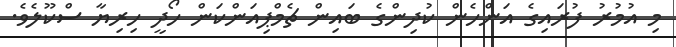
މި އުމުރު ފުރައިގެ އަންހެން ކުދިންގެ ބައިން ޗެމްޕިއަންކަން ހޯދީ ހިރިޔާ ސްކޫލެވެެ.